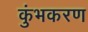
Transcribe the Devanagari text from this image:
कुंभकरण